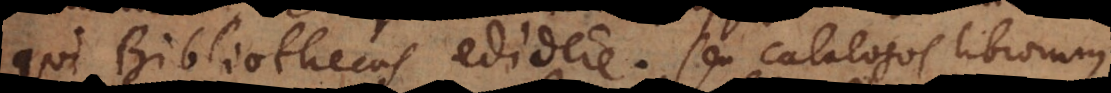
qui Bibliothecas edidere, seu catalogos librorum